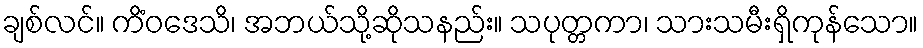
ချစ်လင်။ ကိံဝဒေသိ၊ အဘယ်သို့ဆိုသနည်း။ သပုတ္တကာ၊ သားသမီးရှိကုန်သော။